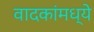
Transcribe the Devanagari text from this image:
वादकांमध्ये